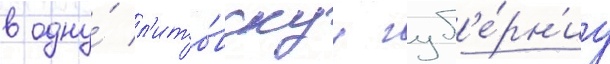
в одну́ л'ито́вскуу губ'е́рн'иу